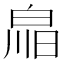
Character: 𤽳